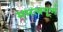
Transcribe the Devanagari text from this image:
ममत्वपूर्ण